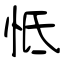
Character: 怟